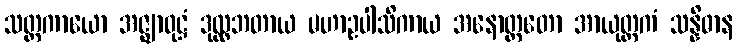
သတ္တကာယော အဇ္ဈာဝုဋ္ဌံ ဒုလ္လဘတာယ မဟာဥပါသိကာယ အနောတ္ထတော အာယုတ္တကံ သန္နိဓာန